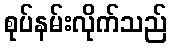
စုပ်နမ်းလိုက်သည်